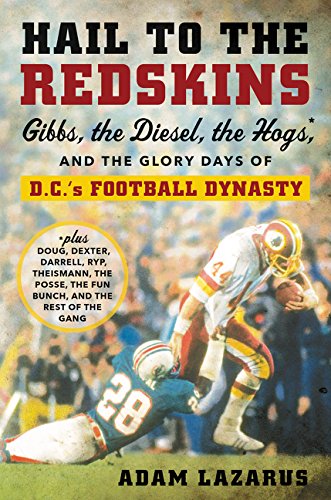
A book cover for Hail to the Redskins: Gibbs, the Diesel, the Hogs, and the Glory Days of D.C.'s Football Dynasty; Adam Lazarus; Biographies & Memoirs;